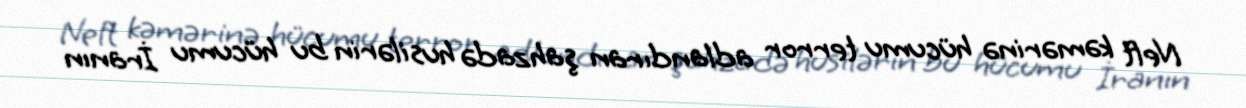
Neft kəmərinə hücumu terror adlandıran şahzadə husilərin bu hücumu İranın